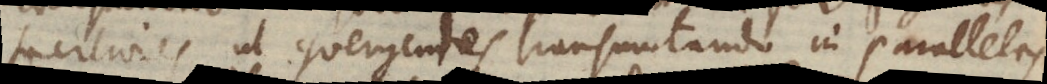
faciliores ut quergentes transmutando in parallelas